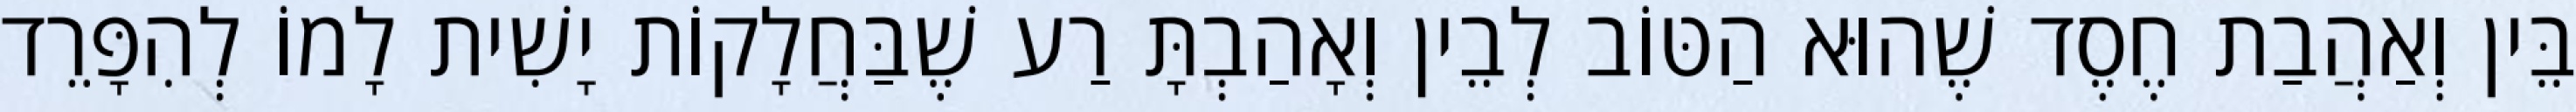
בֵּין וְאַהֲבַת חֶסֶד שֶׁהוּא הַטּוֹב לְבֵין וְאָהַבְתָּ רַע שֶׁבַּחֲלָקוֹת יָשִׁית לָמוֹ לְהִפָּרֵד